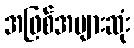
အဖြစ်အများဆုံး